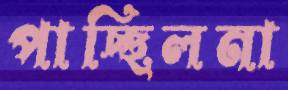
পাচ্ছিলনা